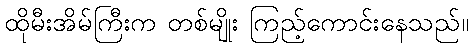
ထိုမီးအိမ်ကြီးက တစ်မျိုး ကြည့်ကောင်းနေသည်။